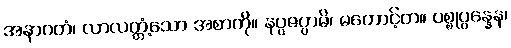
အနာဂတံ၊ လာလတ္တံ့သော အစာကို။ နပ္ပဇပ္ပာမိ၊ မတောင့်တ။ ပစ္စုပ္ပန္နေန၊